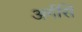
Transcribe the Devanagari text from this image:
अर्गसि